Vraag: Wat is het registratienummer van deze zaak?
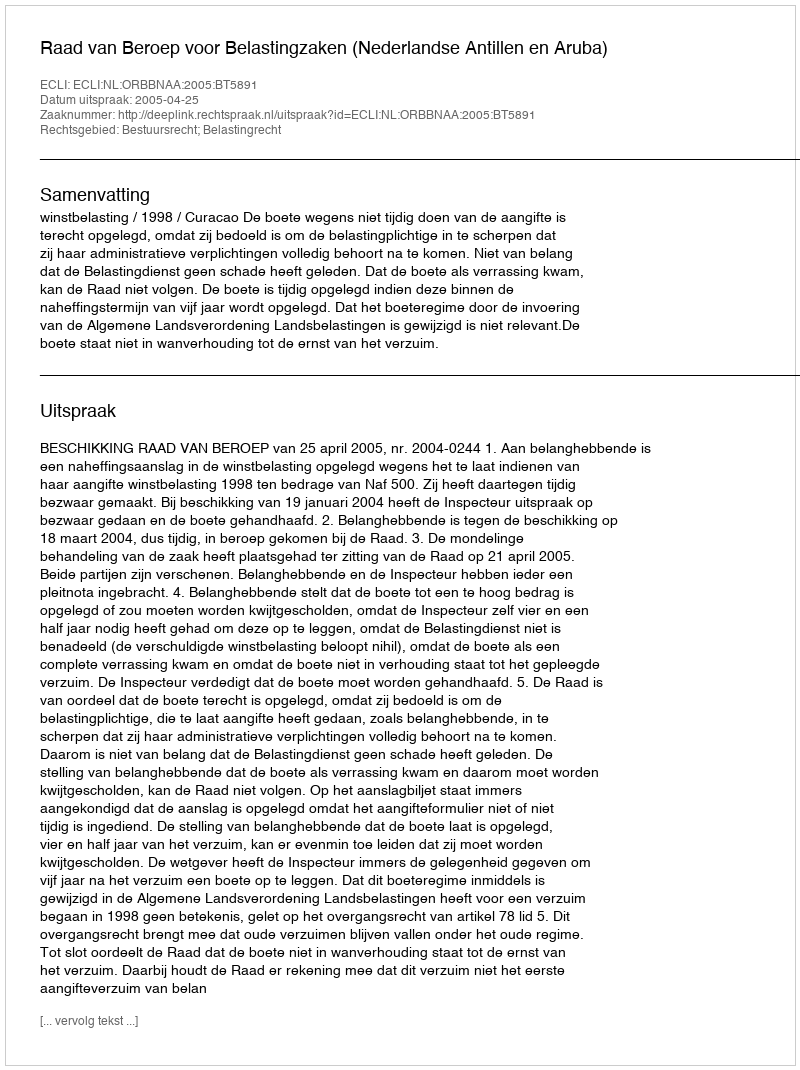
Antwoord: http://deeplink.rechtspraak.nl/uitspraak?id=ECLI:NL:ORBBNAA:2005:BT5891